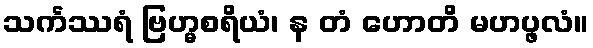
သင်္ကဿရံ ဗြဟ္မစရိယံ၊ န တံ ဟောတိ မဟပ္ဖလံ။